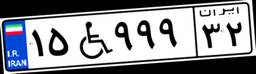
۴۱W۲۹۴۸۶